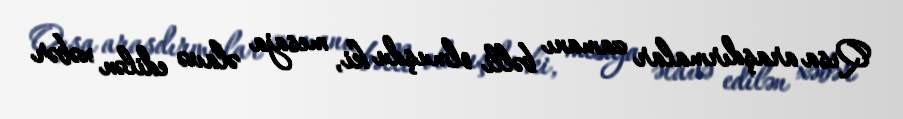
Qısa araşdırmalar zamanı bəlli olmuşdu ki, mesaja əlavə edilən xəbər